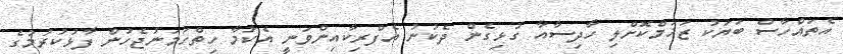
އެތައްހާސް ބަޔަކު ޒަޚަމްކޮށްލި ހާދިސާއާ ގުޅިގެން ދެކުނު އެފްރިކާއިންވަނީ އެކަމާ ހިތްހަމަނުޖެހުން ފާޅުކުރުމުގެ